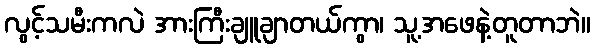
လွင့်သမီးကလဲ အားကြီးချူချာတယ်ကွာ၊ သူ့အဖေနဲ့တူတာဘဲ။